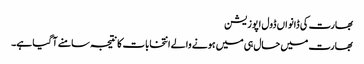
بھارت کی ڈانواں ڈول اپوزیشن
بھارت میں حال ہی میں ہونے والے انتخابات کا نتیجہ سامنے آ گیا ہے۔